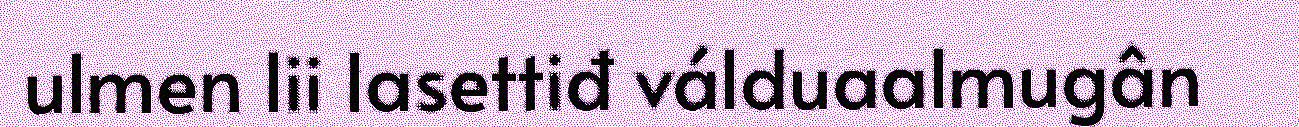
ulmen lii lasettiđ válduaalmugân